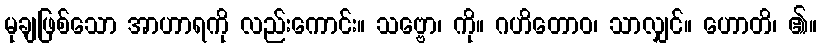
မုချဖြစ်သော အာဟာရကို လည်းကောင်း။ သဗ္ဗော၊ ကို။ ဂဟိတောဝ၊ သာလျှင်။ ဟောတိ၊ ၏။